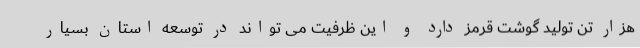
هزار تن تولید گوشت قرمز دارد و این ظرفیت می تواند در توسعه استان بسیار